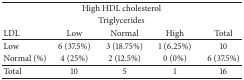
| <COLSPAN=5> High HDL cholesterol |
 | <COLSPAN=5> Triglycerides |
 | LDL | Low | Normal | High | Total |
 | --- | --- | --- | --- | --- |
 | Low | 6 (37.5%) | 3 (18.75%) | 1 (6.25%) | 10 |
 | Normal (%) | 4 (25%) | 2 (12.5%) | 0 (0%) | 6 (37.5%) |
 | Total | 10 | 5 | 1 | 16 |